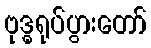
ဗုဒ္ဓရုပ်ပွားတော်